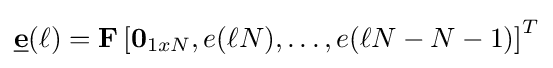
{\underline {\mathbf {e} }}(\ell )=\mathbf {F} \left[\mathbf {0} _{1xN},e(\ell N),\dots ,e(\ell N-N-1)\right]^{T}